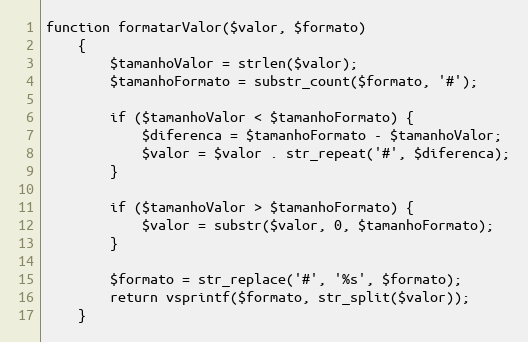
Language: PHP
function formatarValor($valor, $formato)
    {
        $tamanhoValor = strlen($valor);
        $tamanhoFormato = substr_count($formato, '#');

        if ($tamanhoValor < $tamanhoFormato) {
            $diferenca = $tamanhoFormato - $tamanhoValor;
            $valor = $valor . str_repeat('#', $diferenca);
        }

        if ($tamanhoValor > $tamanhoFormato) {
            $valor = substr($valor, 0, $tamanhoFormato);
        }

        $formato = str_replace('#', '%s', $formato);
        return vsprintf($formato, str_split($valor));
    }